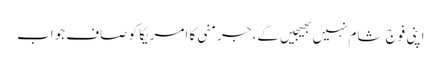
اپنی فوج شام نہیں بھیجیں گے، جرمنی کا امریکا کو صاف جواب